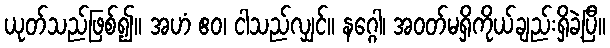
ယုတ်သည်ဖြစ်၍။ အဟံ ဧဝ၊ ငါသည်လျှင်။ နဂ္ဂေါ၊ အဝတ်မရှိကိုယ်ချည်းရှိခဲ့ပြီ။